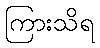
ကြားသိရ